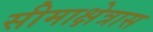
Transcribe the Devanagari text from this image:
सीमाक्षेत्रास